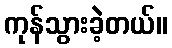
ကုန်သွားခဲ့တယ်။